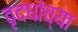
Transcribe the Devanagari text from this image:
वृदधांच्या